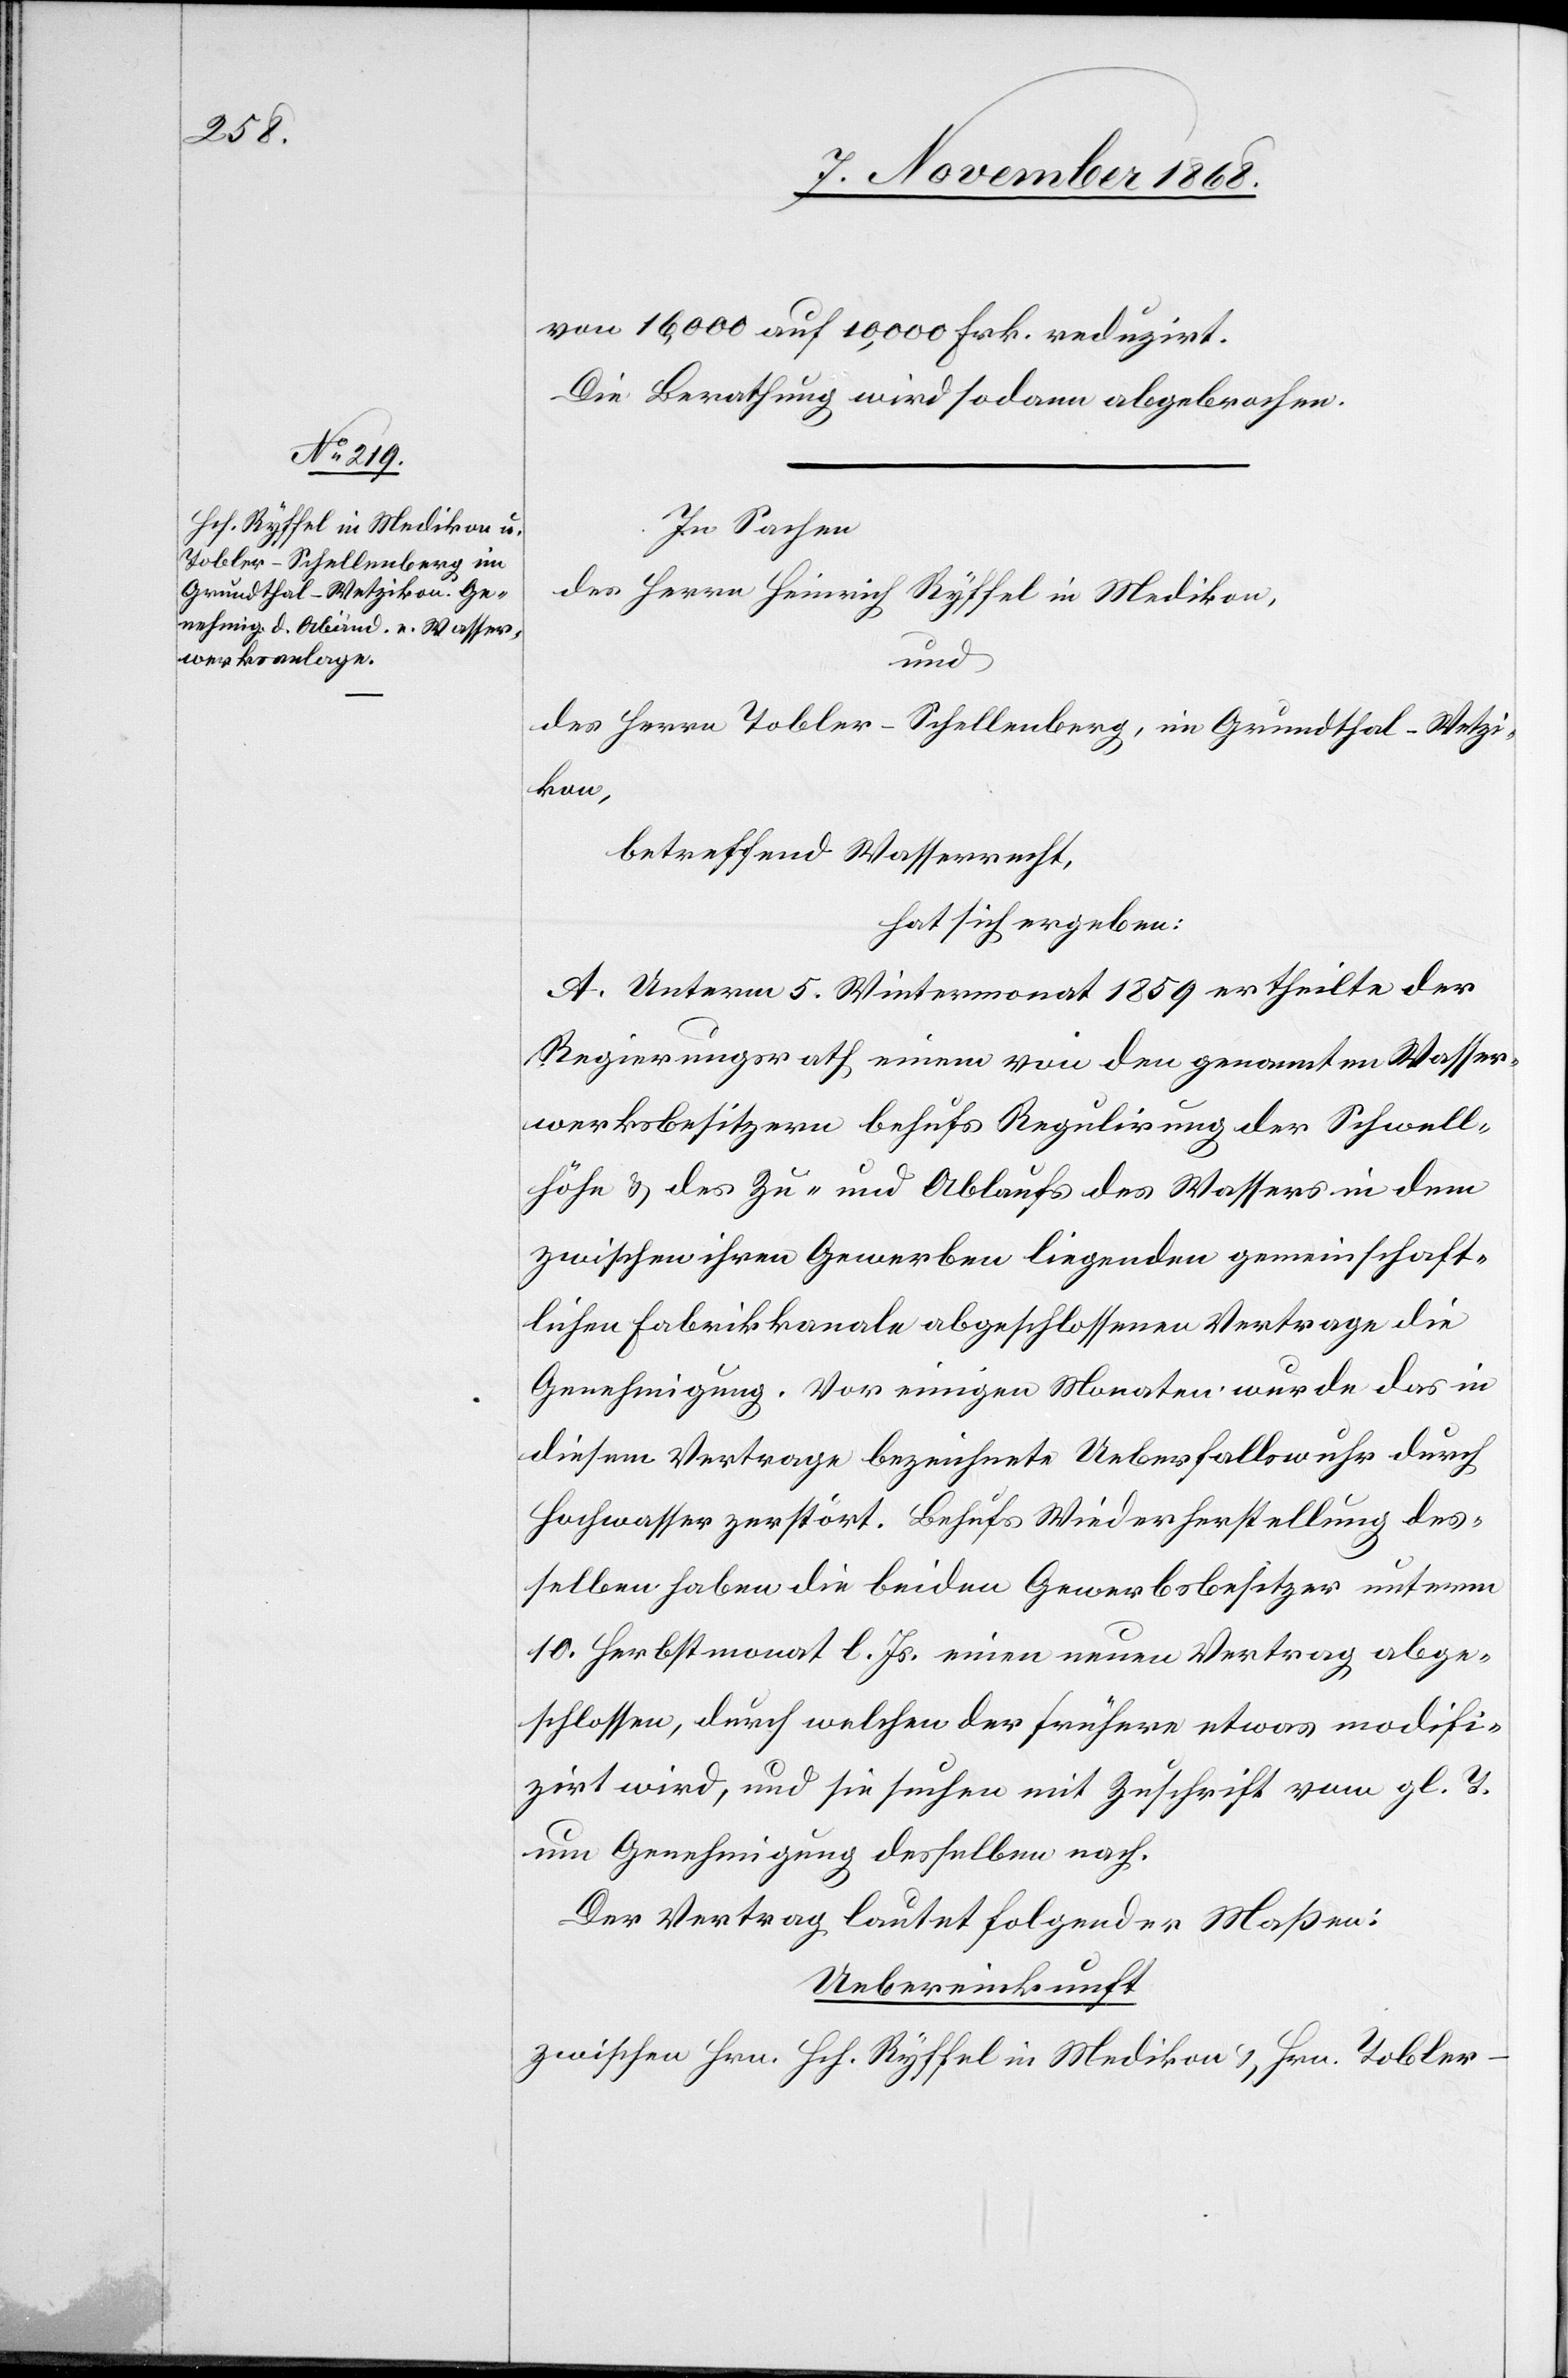
von 16,000 auf 10,000 Frk. reduzirt.
Die Berathung wird sodann abgebrochen.
In Sachen
des Herrn Heinrich Ryffel in Medikon,
und
des Herrn Tobler-Schellenberg, im Grundthal - Wetzi¬
kon,
betreffend Wasserrecht,
hat sich ergeben:
A. Unterm 5. Wintermonat 1859 ertheilte der
Regierungsrath einem von den genannten Wasser¬
werksbesitzern behufs Regulirung der Schwell¬
höhe & des Zu- und Ablaufs des Wassers in dem
zwischen ihren Gewerben liegenden gemeinschaft¬
lichen Fabrikkanale abgeschlossenen Vertrage die
Genehmigung. Vor einigen Monaten wurde das in
diesem Vertrage bezeichnete Ueberfallswuhr durch
Hochwasser zerstört. Behufs Wiederherstellung des¬
selben haben die beiden Gewerbsbesitzer unterm
10. Herbstmonat l. Js. einen neuen Vertrag abge¬
schlossen, durch welchen der frühere etwas modifi¬
zirt wird, und sie suchen mit Zuschrift vom gl. T.
um Genehmigung desselben nach.
Der Vertrag lautet folgender Maßen:
Uebereinkunft
zwischen Hrn. Hch. Ryffel in Medikon & Hrn. Tobler-